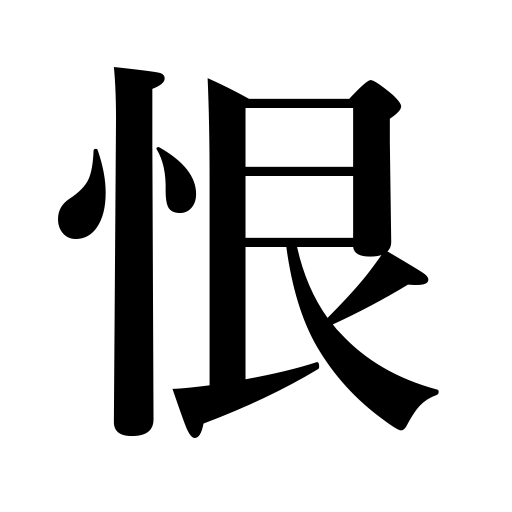
Meanings: bear a grudge,hateful,show resentment,bitter